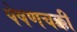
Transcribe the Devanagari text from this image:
पेषणचक्की